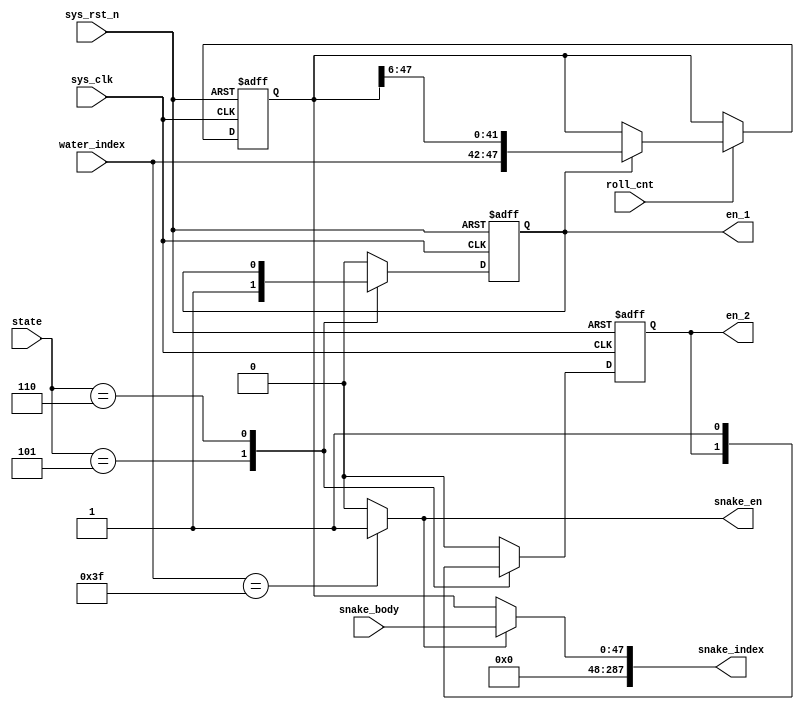
module start_roll(
    input sys_clk,      // 
    input sys_rst_n,    // 
    input [5:0] water_index, // 
    input roll_cnt,     // 
    input  wire [(8*6)-1:0] snake_body,
    input  wire [4:0]  state,


    output wire [287:0] snake_index, // 
    output wire snake_en, // 
    output reg en_1, //  
    output reg  en_2
);
parameter       	START   =5'd5,
					WIN	=5'd6;
reg [(8*6)-1:0] snake_roll_index;



always @(posedge sys_clk or negedge sys_rst_n) begin
    if (!sys_rst_n)begin
        snake_roll_index <= {6'd0,6'd0,6'd0,6'd0,6'd0,6'd0,6'd0,6'd0};
    end
    else if (roll_cnt == 1'b1)begin
        if (en_1 == 1'b1)begin
            snake_roll_index <= {water_index,snake_roll_index[47:6]};
        end
    end
end


always @(posedge sys_clk or negedge sys_rst_n) begin
    if (!sys_rst_n)begin
        en_1 <= 1'b0;
        en_2    <= 1'b0;
    end
    else begin
        case (state)
        START:begin
            en_1 <= 1'b1;
        end 
        WIN:begin
            en_2 <= 1'b1;
        end
        default: begin
            en_1 <= 1'b0;
            en_2 <= 1'b0;
        end
    endcase
    end
end



assign snake_en = (water_index == 63)?1'b1:1'b0;
assign snake_index = (snake_en == 1'b1)?(snake_body):(snake_roll_index);
endmodule